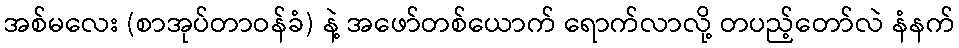
အစ်မလေး (စာအုပ်တာဝန်ခံ) နဲ့ အဖော်တစ်ယောက် ရောက်လာလို့ တပည့်တော်လဲ နံနက်